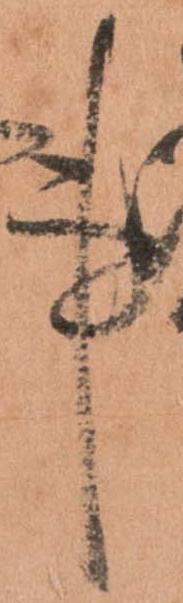
事